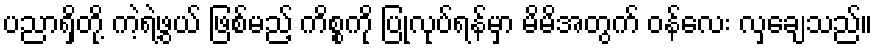
ပညာရှိတို့ ကဲ့ရဲ့ဖွယ် ဖြစ်မည့် ကိစ္စကို ပြုလုပ်ရန်မှာ မိမိအတွက် ဝန်လေး လှချေသည်။